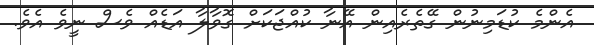
އެންމެ ކުޑަމިނުން ގޭތެރެއިން އޭނާ ކުއްޖަކަށް ގޮވާލާ އަޑެއް ވެސް ނީވެ އެވެ.